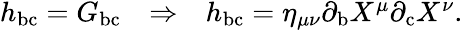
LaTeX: \begin{array}{ccc}{{h_{\mathrm{bc}}=G_{\mathrm{bc}}}}&{{\Rightarrow}}&{{h_{\mathrm{bc}}=\eta_{\mu\nu}\partial_{\mathrm{b}}X^{\mu}\partial_{\mathrm{c}}X^{\nu}.}}\end{array}